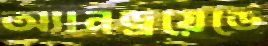
অ্যানড্রয়েডে